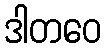
ဒါတဝေ